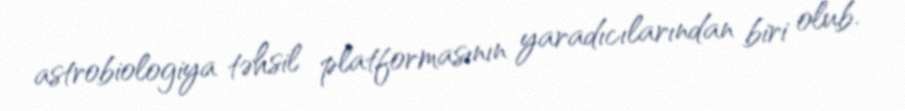
astrobiologiya təhsil platformasının yaradıcılarından biri olub.